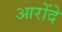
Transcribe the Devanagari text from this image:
आरोंदे